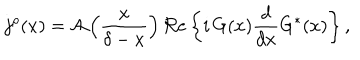
j ^ { \rho } ( x ) = { \cal A } \left( \frac { x } { \delta - x } \right) \Re \mathrm { e } \left\{ i \, G ( x ) \frac { d } { d x } G ^ { \ast } ( x ) \right\} ,